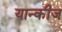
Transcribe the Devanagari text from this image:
यान्कीज